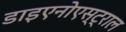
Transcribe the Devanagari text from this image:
डाइएनोएस्ट्राल